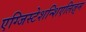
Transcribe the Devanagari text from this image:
एग्जिस्टेशन्शिएलिज़्म